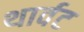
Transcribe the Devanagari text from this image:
थार्वट